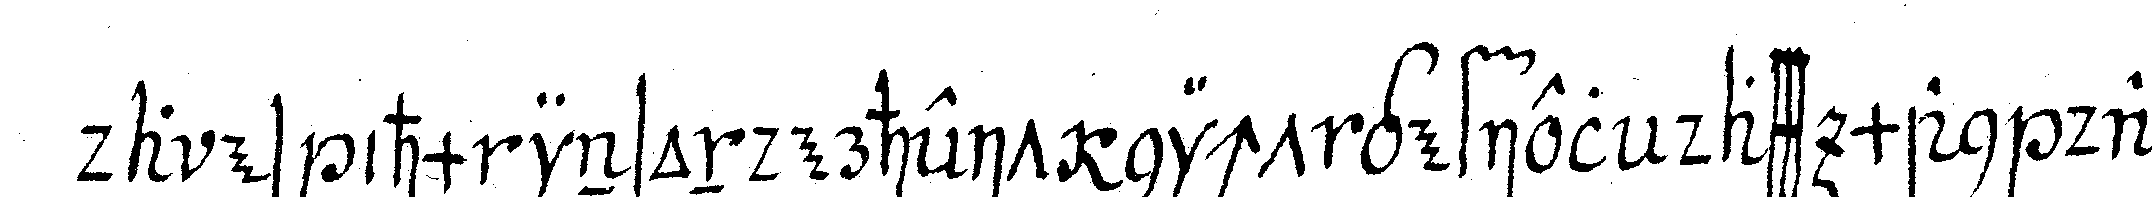
da es ihm insonderheit nicht gefiel dass man das